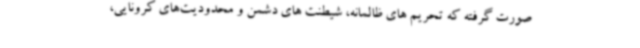
صورت گرفته که تحریم های ظالمانه، شیطنت های دشمن و محدودیت‌های کرونایی،